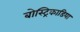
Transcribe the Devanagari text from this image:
बोस्ट्रिकाडिया